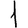
Digit: 1